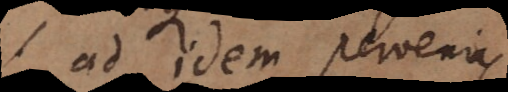
ad idem pervenias